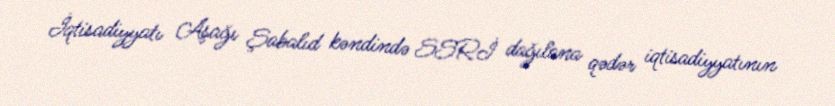
İqtisadiyyatı Aşağı Şabalıd kəndində SSRİ dağılana qədər iqtisadiyyatının